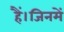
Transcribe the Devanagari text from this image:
हैं।जिनमें